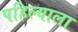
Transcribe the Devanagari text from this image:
पहिल्याला